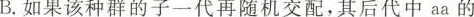
B.如果该种群的子一代再随机交配，其后代中aa的